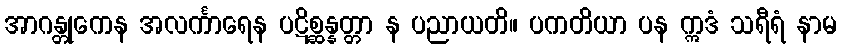
အာဂန္တုကေန အလင်္ကာရေန ပဋိစ္ဆန္နတ္တာ န ပညာယတိ။ ပကတိယာ ပန ဣဒံ သရီရံ နာမ